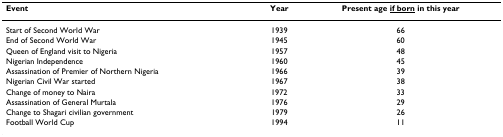
| Event | Year | Present age <underline>if born</underline> in this year |
 | --- | --- | --- |
 | Start of Second World War | 1939 | 66 |
 | End of Second World War | 1945 | 60 |
 | Queen of England visit to Nigeria | 1957 | 48 |
 | Nigerian Independence | 1960 | 45 |
 | Assassination of Premier of Northern Nigeria | 1966 | 39 |
 | Nigerian Civil War started | 1967 | 38 |
 | Change of money to Naira | 1972 | 33 |
 | Assassination of General Murtala | 1976 | 29 |
 | Change to Shagari civilian government | 1979 | 26 |
 | Football World Cup | 1994 | 11 |